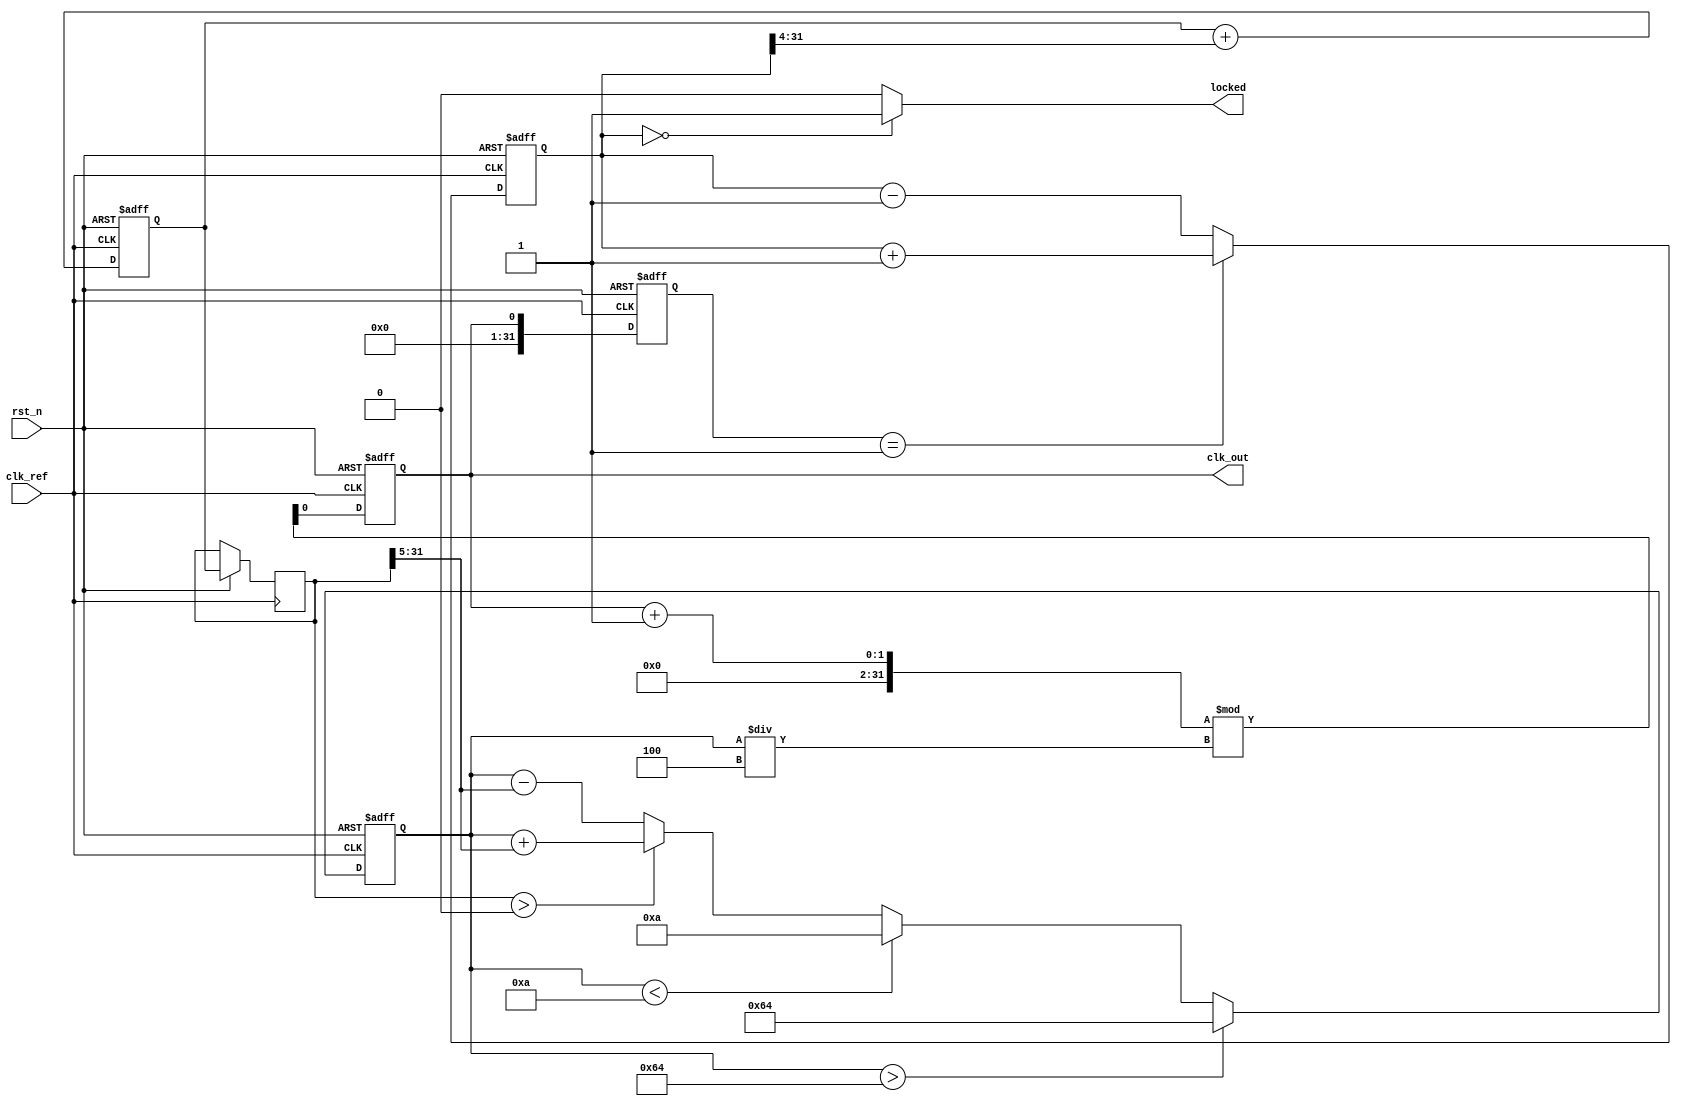
module pll (
    input wire clk_ref,         // Reference clock input
    input wire rst_n,          // Active low reset
    output reg clk_out,        // Output clock
    output wire locked         // Lock status
);

    // Parameters
    parameter DIV_RATIO = 4;   // Feedback divider ratio
    parameter VCO_MAX_FREQ = 100; // Max VCO frequency (arbitrary units)
    parameter VCO_MIN_FREQ = 10;  // Min VCO frequency (arbitrary units)

    // Internal signals
    reg [31:0] phase_error;     // Phase error signal from PD
    reg [31:0] control_voltage;  // Control voltage for VCO
    reg [31:0] vco_freq;         // Current VCO frequency
    reg [31:0] feedback;         // Feedback signal
    reg [31:0] filter_output;    // LPF output

    // Phase Detector (PD)
    always @(posedge clk_ref or negedge rst_n) begin
        if (!rst_n) begin
            phase_error <= 0;
        end else begin
            // Simple phase detector logic (rising edge detection)
            if (feedback == 1) begin
                phase_error <= phase_error + 1; // Phase error increment
            end else begin
                phase_error <= phase_error - 1; // Phase error decrement
            end
        end
    end

    // Low Pass Filter (LPF)
    always @(posedge clk_ref or negedge rst_n) begin
        if (!rst_n) begin
            filter_output <= 0;
        end else begin
            // Simple LPF (first-order)
            filter_output <= filter_output + (phase_error >> 4); // Adjust filter bandwidth
            control_voltage <= filter_output;
        end
    end

    // Voltage-Controlled Oscillator (VCO)
    always @(posedge clk_ref or negedge rst_n) begin
        if (!rst_n) begin
            vco_freq <= VCO_MIN_FREQ; // Initialize VCO frequency
            clk_out <= 0;
        end else begin
            // Adjust VCO frequency based on control voltage
            if (control_voltage > 32'h0) begin
                vco_freq <= vco_freq + (control_voltage >> 5); // Adjust frequency
            end else begin
                vco_freq <= vco_freq - (control_voltage >> 5);
            end
            
            // Clamp VCO frequency
            if (vco_freq > VCO_MAX_FREQ) begin
                vco_freq <= VCO_MAX_FREQ;
            end else if (vco_freq < VCO_MIN_FREQ) begin
                vco_freq <= VCO_MIN_FREQ;
            end
            
            // Generate output clock based on VCO frequency
            clk_out <= (clk_out + 1) % (vco_freq / DIV_RATIO);
        end
    end

    // Feedback Divider
    always @(posedge clk_ref or negedge rst_n) begin
        if (!rst_n) begin
            feedback <= 0;
        end else begin
            feedback <= clk_out; // Feedback from output clock
        end
    end

    // Lock detection logic (simplified)
    assign locked = (phase_error == 0) ? 1'b1 : 1'b0;

endmodule